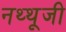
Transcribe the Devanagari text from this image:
नथ्थूजी